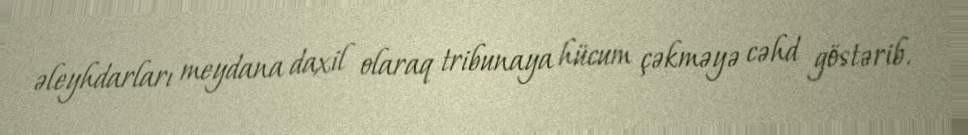
əleyhdarları meydana daxil olaraq tribunaya hücum çəkməyə cəhd göstərib.